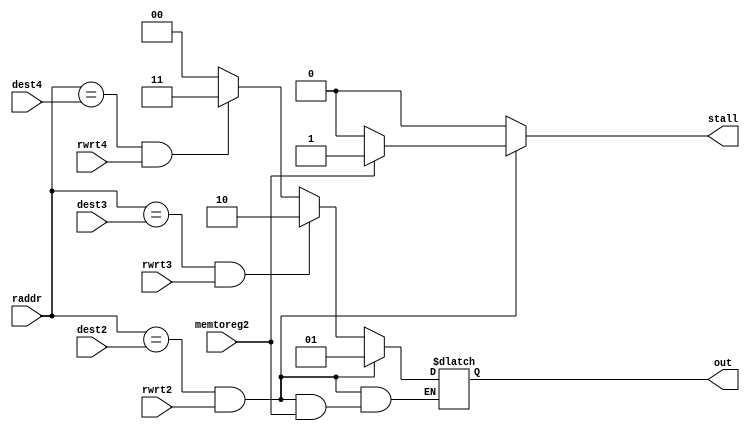
`timescale 1ns/1ns
module data_haz_control (
    input [4:0] raddr, dest2, dest3, dest4, 
    input rwrt2, rwrt3, rwrt4,
    input memtoreg2,
    output reg [1:0] out,
    output reg stall
);

    always @(raddr, dest2, dest3, dest4, rwrt2, rwrt3, rwrt4)
    begin
        if ((raddr == dest2) && rwrt2) begin
            if(memtoreg2)
                stall = 1;
            else begin
                out = 2'b01;
                stall = 0;
            end
        end
        else if ((raddr == dest3) && rwrt3) begin
            out = 2'b10;
            stall = 0;
        end
        else if ((raddr == dest4) && rwrt4) begin
            out = 2'b11;
            stall = 0;
        end
        else begin 
            out = 2'b00;
            stall = 0;
        end
    end

endmodule